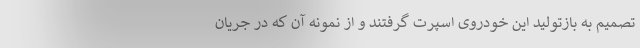
تصمیم به بازتولید این خودروی اسپرت گرفتند و از نمونه آن که در جریان